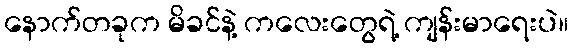
နောက်တခုက မိခင်နဲ့ ကလေးတွေရဲ့ ကျန်းမာရေးပဲ။